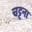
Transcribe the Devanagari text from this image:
चट्टना